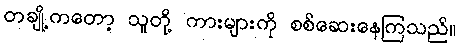
တချို့ကတော့ သူတို့ ကားများကို စစ်ဆေးနေကြသည်။